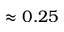
\approx 0 . 2 5